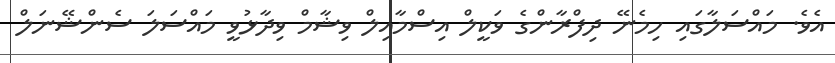
އެވެ. މައްސަލާގައި ހިމެނޭ ދިފްރާންގެ ވަކީލް އިސްމާއިލް ވިޝާމް ވިދާޅުވީ މައްސަލަ ސެންޝޭނަލް